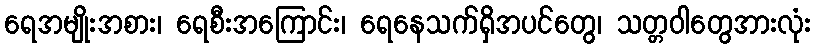
ရေအမျိုးအစား၊ ရေစီးအကြောင်း၊ ရေနေသက်ရှိအပင်တွေ၊ သတ္တဝါတွေအားလုံး